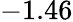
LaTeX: -1.46